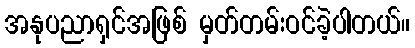
အနုပညာရှင်အဖြစ် မှတ်တမ်းဝင်ခဲ့ပါတယ်။